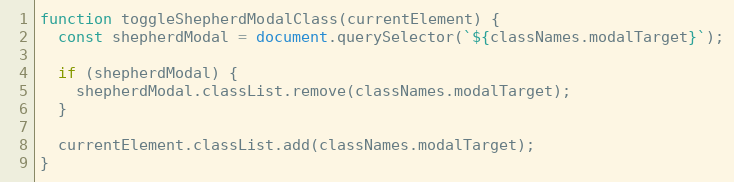
Language: JavaScript
function toggleShepherdModalClass(currentElement) {
  const shepherdModal = document.querySelector(`${classNames.modalTarget}`);

  if (shepherdModal) {
    shepherdModal.classList.remove(classNames.modalTarget);
  }

  currentElement.classList.add(classNames.modalTarget);
}